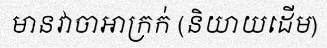
មានវាចាអាក្រក់ (និយាយដើម)